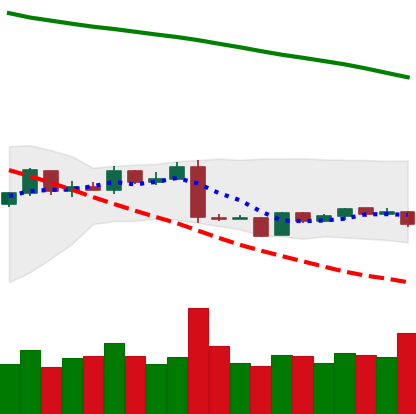
Ticker: EOS-USD
Chart end date: 2019-01-20
Forward return: 3.688%
Label: up_3_5